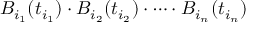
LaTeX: B _ { i _ { 1 } } ( t _ { i _ { 1 } } ) \cdot B _ { i _ { 2 } } ( t _ { i _ { 2 } } ) \cdot \dots \cdot B _ { i _ { n } } ( t _ { i _ { n } } )